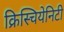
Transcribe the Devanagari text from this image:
क्रिस्चियेनिटी